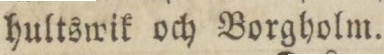
hultswik och Borgholm.